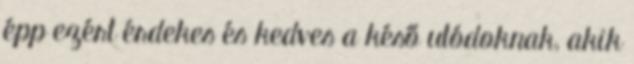
épp ezért érdekes és kedves a késő utódoknak, akik